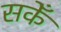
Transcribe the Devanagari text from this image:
सकेँ